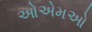
ઓએમઓ